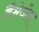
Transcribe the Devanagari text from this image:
डैमेजेस